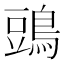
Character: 𪁞